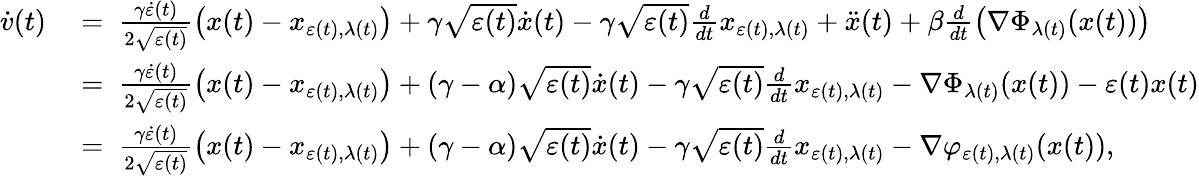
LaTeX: \begin{array}{rl}{\dot{v}(t)\ }&{=\ \frac{\gamma\dot{\varepsilon}(t)}{2\sqrt{\varepsilon(t)}}\left(x(t)-x_{\varepsilon(t),\lambda(t)}\right)+\gamma\sqrt{\varepsilon(t)}\dot{x}(t)-\gamma\sqrt{\varepsilon(t)}\frac{d}{dt}x_{\varepsilon(t),\lambda(t)}+\ddot{x}(t)+\beta\frac{d}{dt}\left(\nabla\Phi_{\lambda(t)}(x(t))\right)}\\ &{=\ \frac{\gamma\dot{\varepsilon}(t)}{2\sqrt{\varepsilon(t)}}\left(x(t)-x_{\varepsilon(t),\lambda(t)}\right)+\left(\gamma-\alpha\right)\sqrt{\varepsilon(t)}\dot{x}(t)-\gamma\sqrt{\varepsilon(t)}\frac{d}{dt}x_{\varepsilon(t),\lambda(t)}-\nabla\Phi_{\lambda(t)}(x(t))-\varepsilon(t)x(t)}\\ &{=\ \frac{\gamma\dot{\varepsilon}(t)}{2\sqrt{\varepsilon(t)}}\left(x(t)-x_{\varepsilon(t),\lambda(t)}\right)+\left(\gamma-\alpha\right)\sqrt{\varepsilon(t)}\dot{x}(t)-\gamma\sqrt{\varepsilon(t)}\frac{d}{dt}x_{\varepsilon(t),\lambda(t)}-\nabla\varphi_{\varepsilon(t),\lambda(t)}(x(t)),}\end{array}